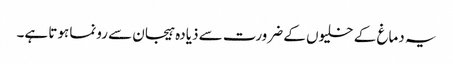
یہ دماغ کے خلیوں کے ضرورت سے ذیادہ ہیجان سے رونما ہوتا ہے۔